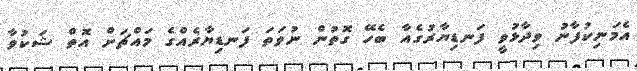
އެމަނިކުފާނު ވިދާޅުވީ ފަނޑިޔާރުގެއާ ބެހޭ ގޮތުން ނުވަތަ ފަނޑިޔާރެއްގެ މައްޗަށް އޮތް ޝަކުވާ